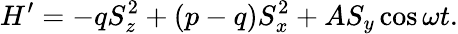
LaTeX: H^{\prime}=-qS_{z}^{2}+(p-q)S_{x}^{2}+AS_{y}\cos\omega t.